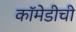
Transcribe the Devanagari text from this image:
कॉमेडीची